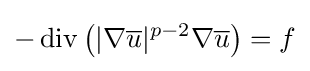
-\operatorname {div} \left(|\nabla {\overline {u}}|^{p-2}\nabla {\overline {u}}\right)=f